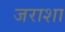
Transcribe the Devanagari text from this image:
जराशा